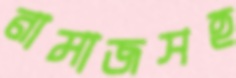
নামাজসহ